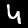
Label: 4